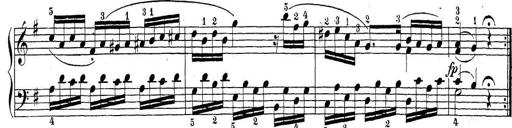
Title: Sonatina Album
Composer: Louis KÃ¶hler